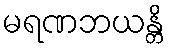
မရဏဘယန္တိ